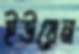
ইউয়েন